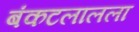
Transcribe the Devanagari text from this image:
बंकटलालला